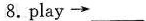
8.play→___